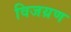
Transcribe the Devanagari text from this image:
विजय्रण